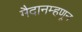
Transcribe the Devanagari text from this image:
मैदानम्हणून